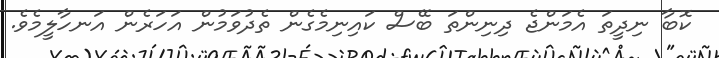
ކޮބާ ނިދީތަ އެމަންޖެ ދިނިންތަ ބޭސް ކައިނިމެގެން ތެދުވަމުން އަހަރެން އަނހާލީމެވެ.